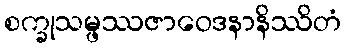
စက္ခုသမ္ဖဿဇာဝေဒနာနိဿိတံ